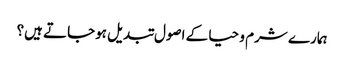
ہمارے شرم و حیا کے اصول تبدیل ہوجاتے ہیں؟